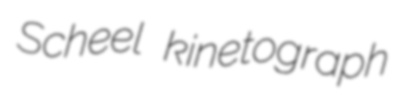
Scheel kinetograph